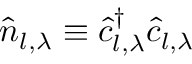
\hat { n } _ { l , \lambda } \equiv \hat { c } _ { l , \lambda } ^ { \dag } \hat { c } _ { l , \lambda }